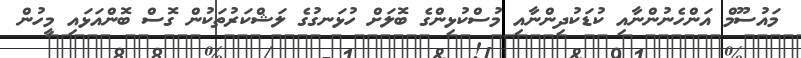
މައުސޫމް އަންހެނުންނާއި ކުޑަކުދިންނާއި މުސްކުޅިންގެ ބޮލަށް ހުޅަނގުގެ ލަޝްކަރުތަކުން ގޮސް ބޮންއަޅައި މީހުން